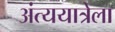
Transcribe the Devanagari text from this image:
अंत्ययात्रेला